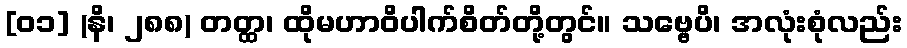
[၀၁] (နိ၊ ၂၈၈) တတ္ထ၊ ထိုမဟာဝိပါက်စိတ်တို့တွင်။ သဗ္ဗေပိ၊ အလုံးစုံလည်း